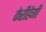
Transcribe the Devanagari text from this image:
फेरीहेगी